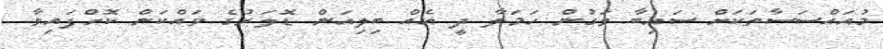
މުއައްސަސާތަކަށް ސައިބާ ވަގުން ހަމަލާ ދީ އެއް ބިލިއަން ޑޮލަރުގެ ވައްކަން ކޮށްފައިވާ